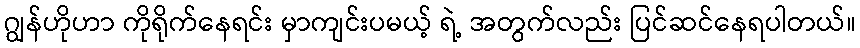
ဂျွန်ဟိုဟာ ကိုရိုက်နေရင်း မှာကျင်းပမယ့် ရဲ့ အတွက်လည်း ပြင်ဆင်နေရပါတယ်။